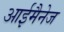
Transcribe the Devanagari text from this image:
आईमैनेज